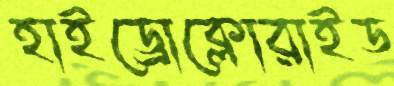
হাইড্রোক্লোরাইড